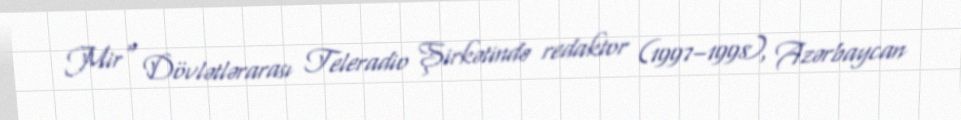
Mir" Dövlətlərarası Teleradio Şirkətində redaktor (1997–1998), Azərbaycan